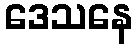
ဒေသနေ